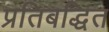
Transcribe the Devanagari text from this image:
प्रतिबद्धित